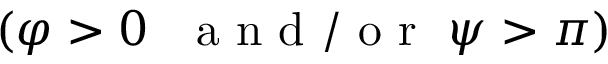
( \varphi > 0 ~ \mathrm { ~ \normalfont ~ a ~ n ~ d ~ / ~ o ~ r ~ } ~ \psi > \pi )